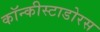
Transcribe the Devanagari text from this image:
कॉन्कीस्टाडोरस